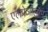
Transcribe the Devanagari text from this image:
एलप्रेजोलॉम